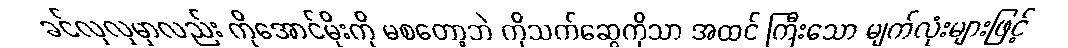
ခင်လှလှမှာလည်း ကိုအောင်မိုးကို မစတော့ဘဲ ကိုသက်ဆွေကိုသာ အထင် ကြီးသော မျက်လုံးများဖြင့်